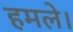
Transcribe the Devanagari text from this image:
हमले।